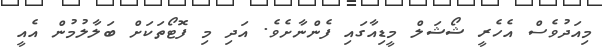
މިއަދުވެސް އެހެރީ ޝޯޝަލް މީޑިއާގައި ފެންނާށެވެ. އަދި މި ފޮޓޯތަކަށް ބަލާލުމުން އެއީ